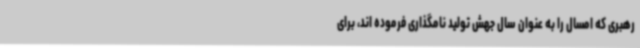
رهبری که امسال را به عنوان سال جهش تولید نامگذاری فرموده اند، برای